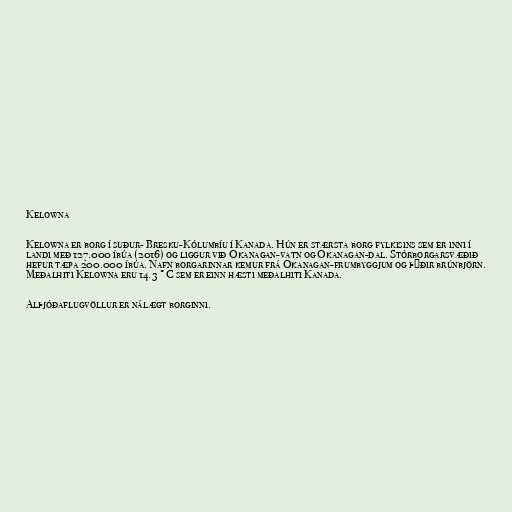
Kelowna

Kelowna er borg í suður- Bresku-Kólumbíu í Kanada. Hún er stærsta borg fylkisins sem er inni í
landi með 127.000 íbúa (2016) og liggur við Okanagan-vatn og Okanagan-dal. Stórborgarsvæðið
hefur tæpa 200.000 íbúa. Nafn borgarinnar kemur frá Okanagan-frumbyggjum og þýðir brúnbjörn.
Meðalhiti Kelowna eru 14.3 °C sem er einn hæsti meðalhiti Kanada.

Alþjóðaflugvöllur er nálægt borginni.